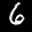
Digit: 6